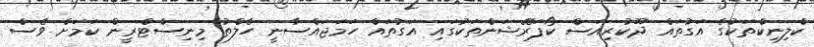
ކްލިނިކްތަކުގެ އަގުތައް ދޫކުރިއަސް ކޯޕަރޭޝަންތަކުގައި އަގުތައް ހަމަޖައްސާނީ ހެލްތު މިނިސްޓްރީން ކަމަށް ވެސް